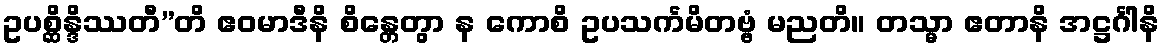
ဥပစ္ဆိန္ဒိဿတီ”တိ ဧဝမာဒီနိ စိန္တေတွာ န ကောစိ ဥပသင်္ကမိတဗ္ဗံ မညတိ။ တသ္မာ ဧတာနိ အဋ္ဌင်္ဂါနိ